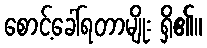
စောင့်ခေါ်ရတာမျိုး ရှိ၏။